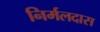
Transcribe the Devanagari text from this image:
निर्मलदास